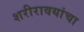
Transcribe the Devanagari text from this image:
शरीरावयांचा